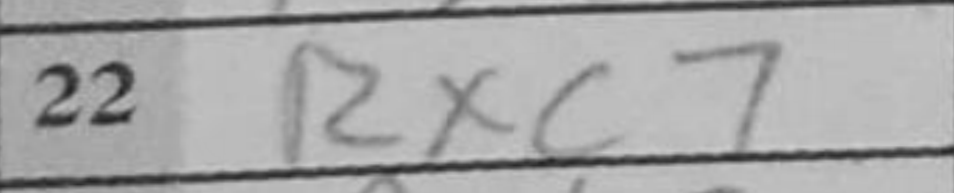
Transcription: Rxc7